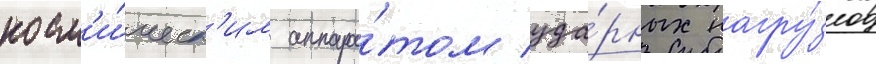
косм'и́ческ'им аппара́том уда́рных нагру́зок